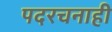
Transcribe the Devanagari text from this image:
पदरचनाही